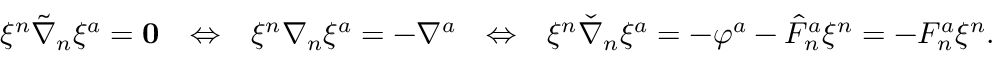
\begin{array} { r l r l r } { \xi ^ { n } \tilde { \nabla } _ { n } \xi ^ { a } = \mathbf { 0 } } & { \Leftrightarrow } & { \xi ^ { n } \nabla _ { n } \xi ^ { a } = - \nabla ^ { a } } & { \Leftrightarrow } & { \xi ^ { n } \check { \nabla } _ { n } \xi ^ { a } = - \varphi ^ { a } - \hat { F } ^ { a } _ { n } \xi ^ { n } = - F ^ { a } _ { n } \xi ^ { n } . } \end{array}